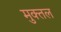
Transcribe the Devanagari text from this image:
मुक्तल